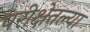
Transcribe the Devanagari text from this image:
परीक्षेतल्या